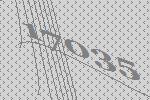
17035